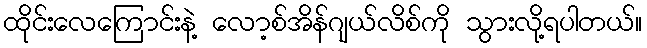
ထိုင်းလေကြောင်းနဲ့ လော့စ်အိန်ဂျယ်လိစ်ကို သွားလို့ရပါတယ်။